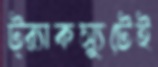
ট্র্যাকস্যুটেই